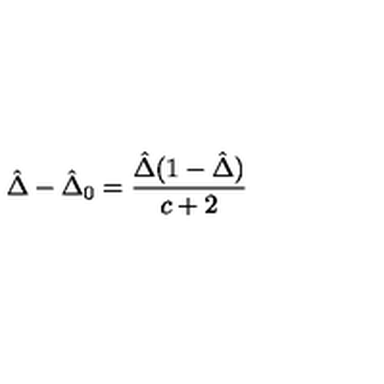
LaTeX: { \hat { \Delta } } - { \hat { \Delta } } _ { 0 } = \frac { { \hat { \Delta } } ( 1 - { \hat { \Delta } } ) } { c + 2 }